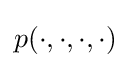
p(\cdot ,\cdot ,\cdot ,\cdot )